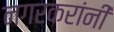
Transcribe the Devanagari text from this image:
नगरकरांनी